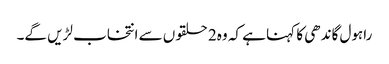
راہول گاندھی کا کہنا ہے کہ وہ2 حلقوں سے انتخاب لڑیں گے۔